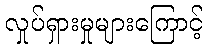
လှုပ်ရှားမှုများကြောင့်